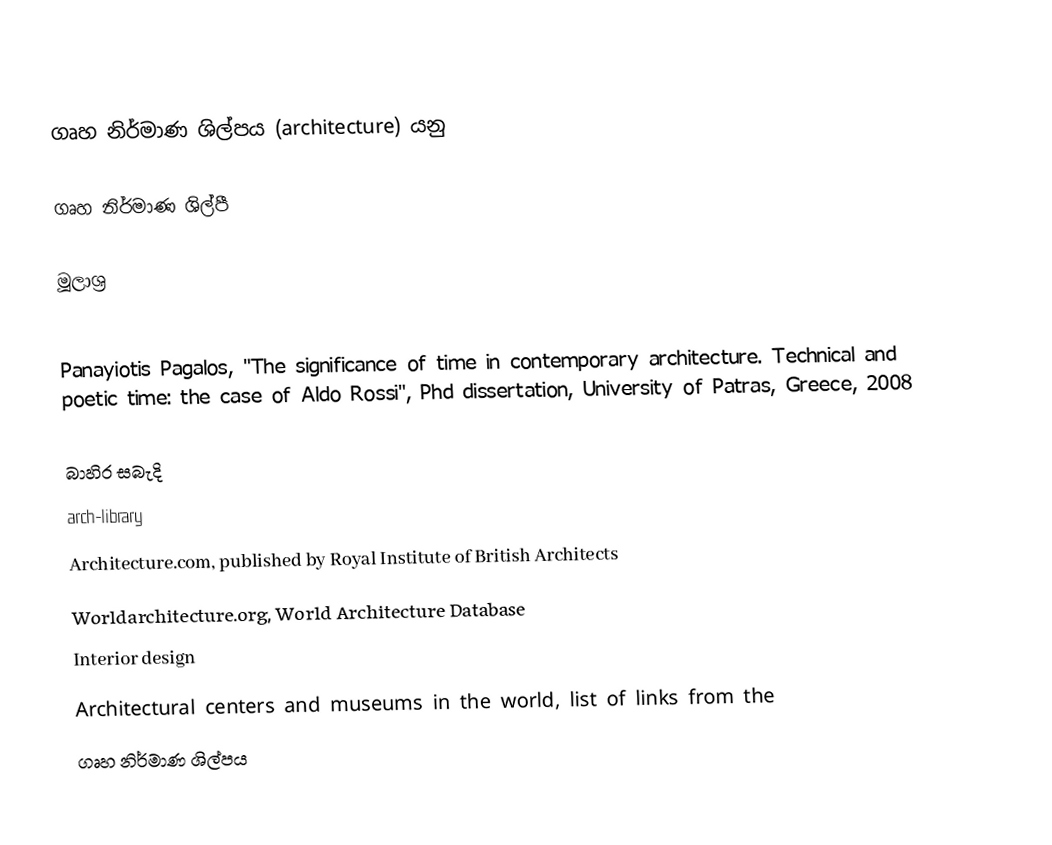
ගෘහ නිර්මාණ ශිල්පය (architecture) යනු

ගෘහ නිර්මාණ ශිල්පී

මූලාශ්‍ර

 Panayiotis Pagalos, "The significance of time in contemporary architecture. Technical and poetic time: the case of Aldo Rossi", Phd dissertation, University of Patras, Greece, 2008

බාහිර සබැදි
 arch-library
 Architecture.com, published by Royal Institute of British Architects
 Worldarchitecture.org, World Architecture Database
Interior design
 Architectural centers and museums in the world, list of links from the
ගෘහ නිර්මාණ ශිල්පය